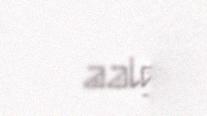
aalgij